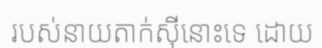
របស់នាយតាក់ស៊ីនោះទេ ដោយ